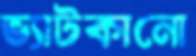
ভ্যাটকানো